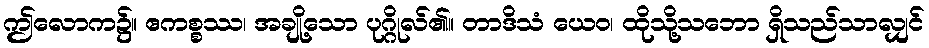
ဤလောက၌။ ဧကစ္စဿ၊ အချို့သော ပုဂ္ဂိုလ်၏။ တာဒိသံ ယေဝ၊ ထိုသို့သဘော ရှိသည်သာလျှင်